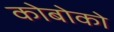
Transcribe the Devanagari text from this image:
कोबोको